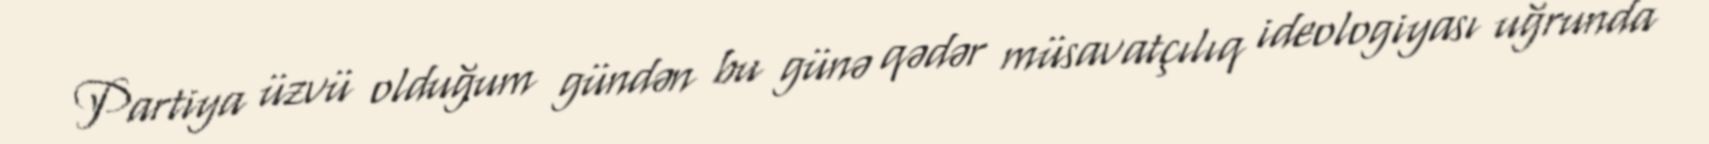
Partiya üzvü olduğum gündən bu günə qədər müsavatçılıq ideologiyası uğrunda